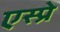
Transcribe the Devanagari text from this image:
एस्प्रे